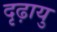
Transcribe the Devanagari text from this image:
दृढ़ायु